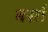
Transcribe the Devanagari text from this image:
बसाँ